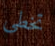
تخطى